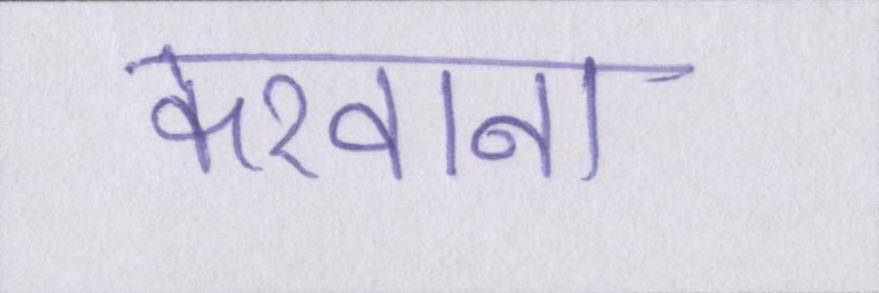
करवाना